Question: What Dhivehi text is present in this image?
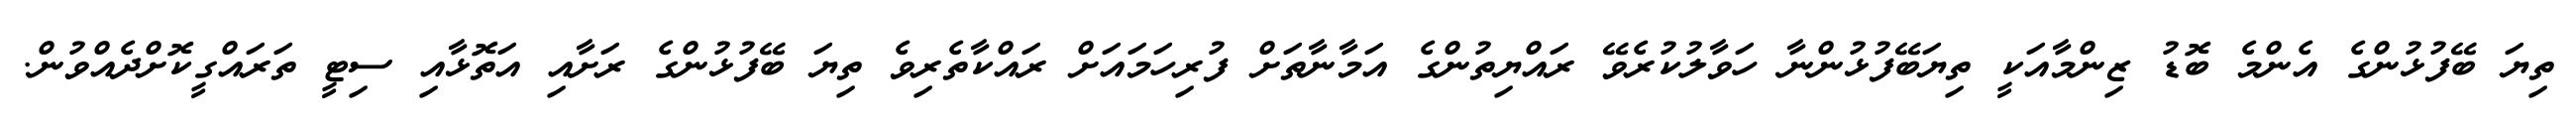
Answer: ތިޔަ ބޭފުޅުންގެ އެންމެ ބޮޑު ޒިންމާއަކީ ތިޔަބޭފުޅުންނާ ހަވާލުކުރެވޭ ރައްޔިތުންގެ އަމާނާތަށް ފުރިހަމައަށް ރައްކާތެރިވެ ތިޔަ ބޭފުޅުންގެ ރަށާއި އަތޮޅާއި ސިޓީ ތަރައްގީކޮށްދެއްވުން.